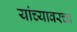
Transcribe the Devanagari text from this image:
यांच्यावरचा